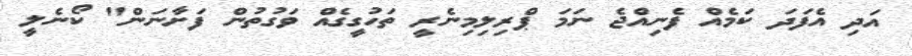
އަދި އެފަދަ ކަމެއް ފެނިއްޖެ ނަމަ ޕްރިލިމިނެރީ ތަހުގީގެއް ވަގުތުން ފަށާނަން" ކޯނެލީ